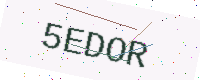
Text: 5EDOR